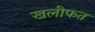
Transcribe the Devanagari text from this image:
खलीफत